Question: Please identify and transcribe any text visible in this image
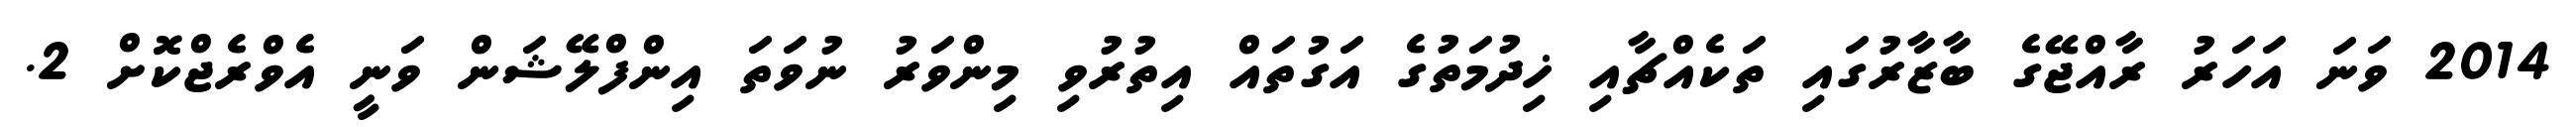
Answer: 2014 ވަނަ އަހަރު ރާއްޖޭގެ ބާޒާރުގައި ތަކެއްޗާއި ޚިދުމަތުގެ އަގުތައް އިތުރުވި މިންވަރު ނުވަތަ އިންފްލޭޝަން ވަނީ އެވްރެޖްކޮށް 2.